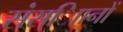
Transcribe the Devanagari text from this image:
संस्ािानों